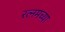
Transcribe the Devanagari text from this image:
रत्नमच्या